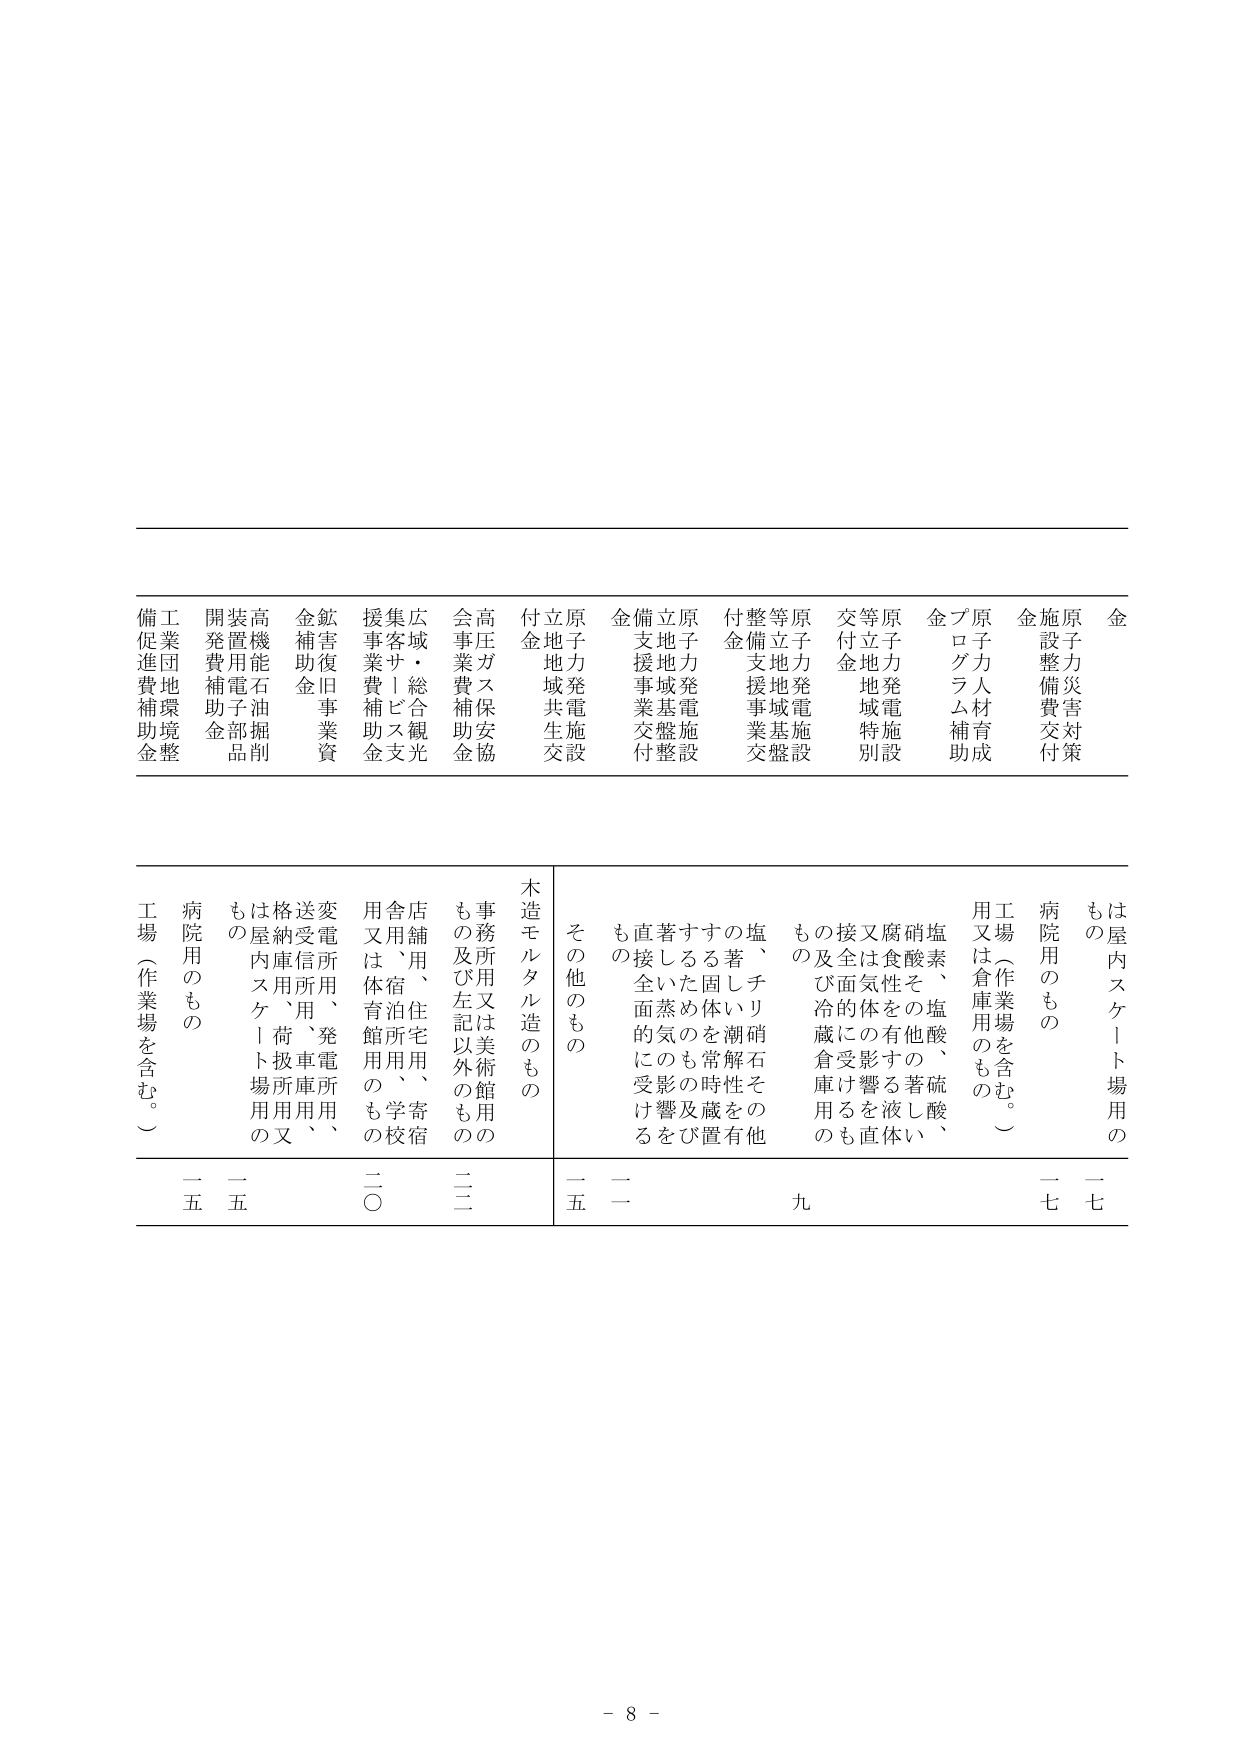
金
原子力災害対策
施設整備費交付
金
原力人材育成
プログラム補助
金
原子力発電施設
等立地地域基盤
整備支援事業交
付金
原子力発電施設
立地地域基盤整
備支援事業交付
金
原子力発電施設
等立地地域特別
交付金
原力発電施設
立地地域整備
支援事業交付
金
原力発電施設
立地地域共生成
立地金
高圧ガス保安協
会事業費補助金
広域・総合観光
集客サビス支援
事業費補助金
鉱害復旧事業資
金補助金
高機能石油掘削
装置用電子部品
開発費補助金
工業団地環境整
備促進費補助金

は屋内スケート場用の
もの
病院用のもの
工場（作業場を含む。）
用又は倉庫用のもの
塩素、塩酸、硫酸、
硝酸その他著しい
腐食性の有する液体
又は気体の影響を直
接及ぼす冷蔵倉庫用
のもの
塩、チリ硝石その他
の著しい潮解性を有
する固体を常時蔵置
するためのもの及び
著しい蒸気の影響を
直接受けるもの
その他のもの
木造モルタル造のもの
事務所又は美術館用の
もの及び左記以外のもの
店舗用、住宅用、寄宿
舎用、泊所用、学校
用又は体育館用のもの
変電所用、発電所用、
送受信所用、車庫用、
格納庫用、荷扱所用
は屋内スケート場用の
もの
病院用のもの
工場（作業場を含む。）

一七
一七
九
一一
一五
二二
二〇
二五
二五

- 8 -